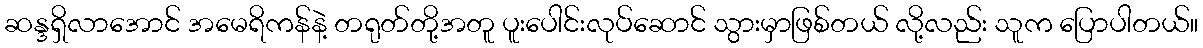
ဆန္ဒရှိလာအောင် အမေရိကန်နဲ့ တရုတ်တို့အတူ ပူးပေါင်းလုပ်ဆောင် သွားမှာဖြစ်တယ် လို့လည်း သူက ပြောပါတယ်။